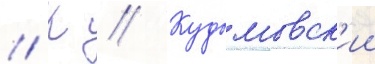
// К // Кудымовск'ии